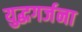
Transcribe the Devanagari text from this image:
युद्धगर्जना